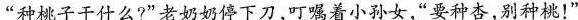
“种桃子干什么?”老奶奶停下刀叮嘱着小孙女“要种杏，别种桃！”